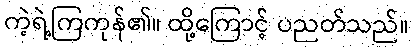
ကဲ့ရဲ့ကြကုန်၏။ ထို့ကြောင့် ပညတ်သည်။